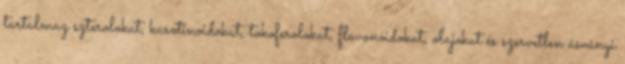
tartalmaz szterolokat, karotinoidokat, tokoferolokat, flavonoidokat, olajokat és szervetlen ásványi